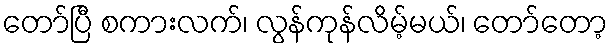
တော်ပြီ စကားလက်၊ လွန်ကုန်လိမ့်မယ်၊ တော်တော့